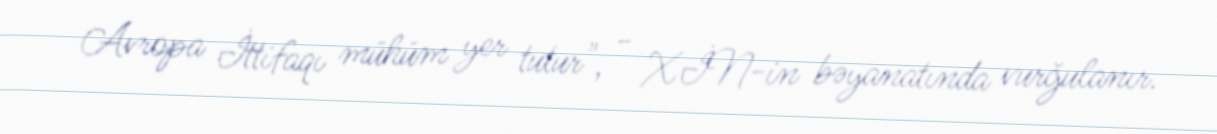
Avropa İttifaqı mühüm yer tutur", - XİN-in bəyanatında vurğulanır.